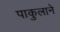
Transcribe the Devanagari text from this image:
पाकुलाने